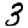
Digit: 3